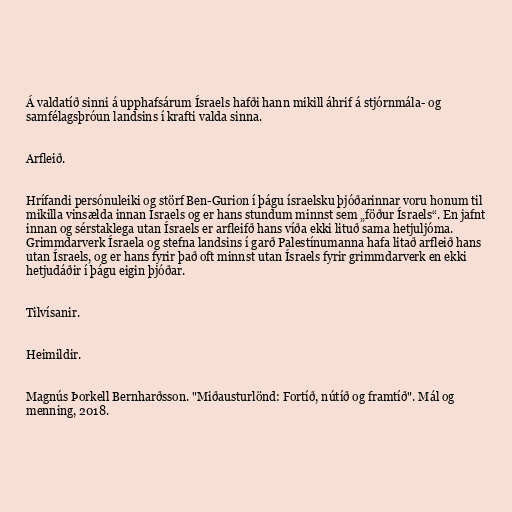
Á valdatíð sinni á upphafsárum Ísraels hafði hann mikill áhrif á stjórnmála- og
samfélagsþróun landsins í krafti valda sinna.

Arfleið.

Hrífandi persónuleiki og störf Ben-Gurion í þágu ísraelsku þjóðarinnar voru honum til
mikilla vinsælda innan Ísraels og er hans stundum minnst sem „föður Ísraels“. En jafnt
innan og sérstaklega utan Ísraels er arfleifð hans víða ekki lituð sama hetjuljóma.
Grimmdarverk Ísraela og stefna landsins í garð Palestínumanna hafa litað arfleið hans
utan Ísraels, og er hans fyrir það oft minnst utan Ísraels fyrir grimmdarverk en ekki
hetjudáðir í þágu eigin þjóðar.

Tilvísanir.

Heimildir.

Magnús Þorkell Bernharðsson. "Miðausturlönd: Fortíð, nútíð og framtíð". Mál og
menning, 2018.